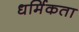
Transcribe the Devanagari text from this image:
धर्मिकता